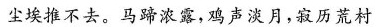
尘埃推不去。马蹄浓露，鸡声淡月，寂历荒村